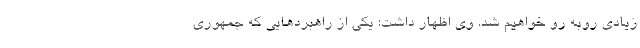
زیادی روبه رو خواهیم شد. وی اظهار داشت: یکی از راهبردهایی که جمهوری